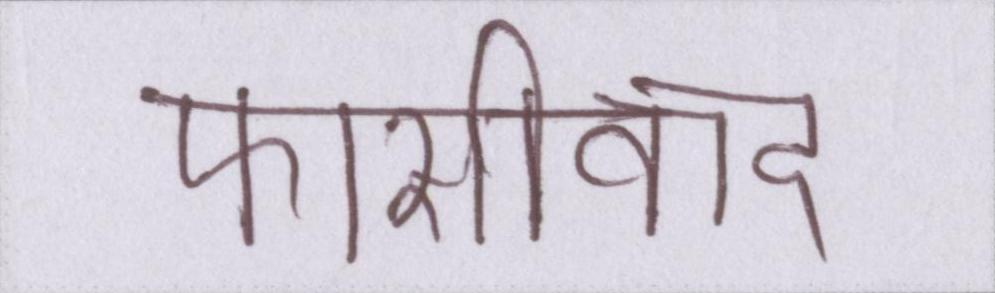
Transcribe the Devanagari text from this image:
फासीवाद